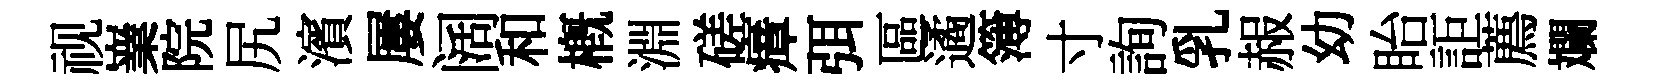
视嶪院尻濱屢阔和概淵磋瘴弭區遹簿寸詢乳赧幼眙詎薦斕